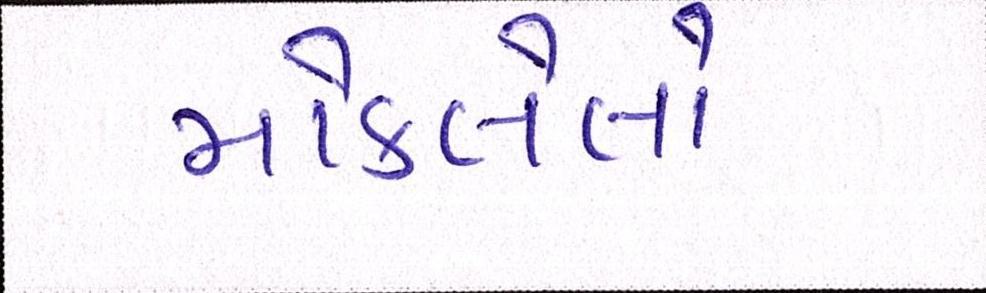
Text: મોકલેલો